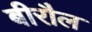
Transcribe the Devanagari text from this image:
बीरौल